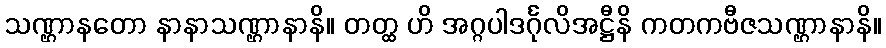
သဏ္ဌာနတော နာနာသဏ္ဌာနာနိ။ တတ္ထ ဟိ အဂ္ဂပါဒင်္ဂုလိအဋ္ဌီနိ ကတကဗီဇသဏ္ဌာနာနိ။